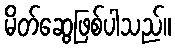
မိတ်ဆွေဖြစ်ပါသည်။